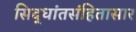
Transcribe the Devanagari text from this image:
सिद्धांतसंहितासार